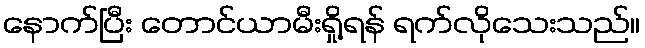
နောက်ပြီး တောင်ယာမီးရှို့ရန် ရက်လိုသေးသည်။